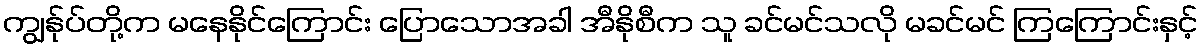
ကျွန်ုပ်တို့က မနေနိုင်ကြောင်း ပြောသောအခါ အီနိုစီက သူ ခင်မင်သလို မခင်မင် ကြကြောင်းနှင့်